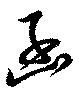
函